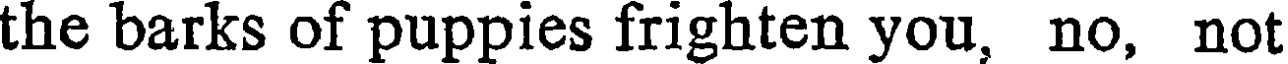
the barks of puppies frighten you, no, not